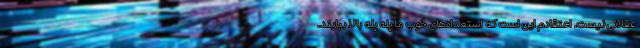
عقلانی نیست. اعتقادم این است که استعدادهای خوب ما پله پله بالا بیایند.